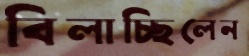
বিলাচ্ছিলেন